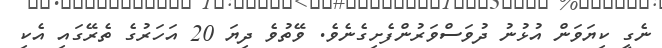
ނެގީ ކިޔަވަން އުޅުނު ދުވަސްވަރުންފެށިގެނެވެ. ވޭތުވެ ދިޔަ 20 އަހަރުގެ ތެރޭގައި އެކި